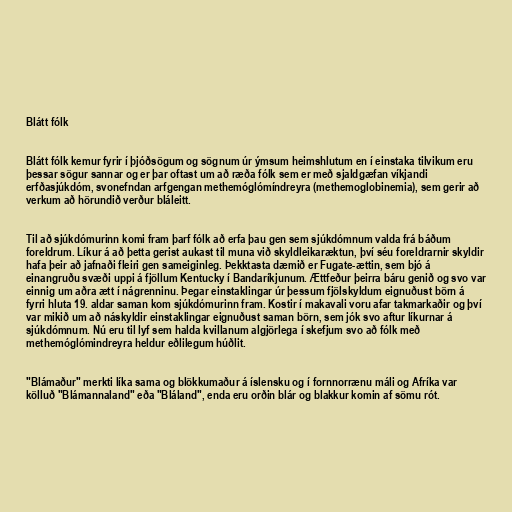
Blátt fólk

Blátt fólk kemur fyrir í þjóðsögum og sögnum úr ýmsum heimshlutum en í einstaka tilvikum eru
þessar sögur sannar og er þar oftast um að ræða fólk sem er með sjaldgæfan víkjandi
erfðasjúkdóm, svonefndan arfgengan methemóglómíndreyra (methemoglobinemia), sem gerir að
verkum að hörundið verður bláleitt.

Til að sjúkdómurinn komi fram þarf fólk að erfa þau gen sem sjúkdómnum valda frá báðum
foreldrum. Líkur á að þetta gerist aukast til muna við skyldleikaræktun, því séu foreldrarnir skyldir
hafa þeir að jafnaði fleiri gen sameiginleg. Þekktasta dæmið er Fugate-ættin, sem bjó á
einangruðu svæði uppi á fjöllum Kentucky í Bandaríkjunum. Ættfeður þeirra báru genið og svo var
einnig um aðra ætt í nágrenninu. Þegar einstaklingar úr þessum fjölskyldum eignuðust börn á
fyrri hluta 19. aldar saman kom sjúkdómurinn fram. Kostir í makavali voru afar takmarkaðir og því
var mikið um að náskyldir einstaklingar eignuðust saman börn, sem jók svo aftur líkurnar á
sjúkdómnum. Nú eru til lyf sem halda kvillanum algjörlega í skefjum svo að fólk með
methemóglómindreyra heldur eðlilegum húðlit.

"Blámaður" merkti líka sama og blökkumaður á íslensku og í fornnorrænu máli og Afríka var
kölluð "Blámannaland" eða "Bláland", enda eru orðin blár og blakkur komin af sömu rót.